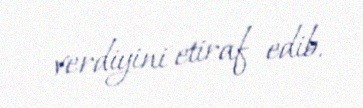
verdiyini etiraf edib.